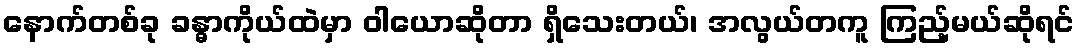
နောက်တစ်ခု ခန္ဓာကိုယ်ထဲမှာ ဝါယောဆိုတာ ရှိသေးတယ်၊ အလွယ်တကူ ကြည့်မယ်ဆိုရင်